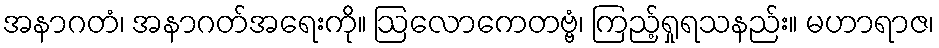
အနာဂတံ၊ အနာဂတ်အရေးကို။ ဩလောကေတဗ္ဗံ၊ ကြည့်ရှုရသနည်း။ မဟာရာဇ၊